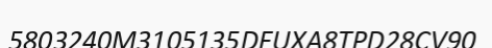
5803240M3105135DEUXA8TPD28CV90